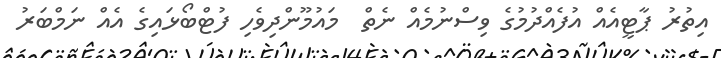
އިތުރު ޕާޓީއެއް އުފެއްދުމުގެ ވިސްނުމެއް ނެތް  މައުމޫންދިވެހި ފުޓްބޯޅައިގެ އެއް ނަމްބަރު